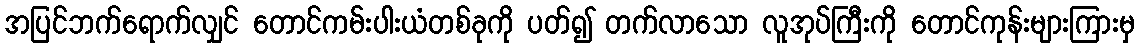
အပြင်ဘက်ရောက်လျှင် တောင်ကမ်းပါးယံတစ်ခုကို ပတ်၍ တက်လာသော လူအုပ်ကြီးကို တောင်ကုန်းများကြားမှ